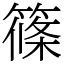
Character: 篠